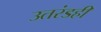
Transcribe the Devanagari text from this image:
उतरंडही